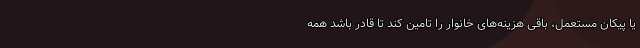
یا پیکان مستعمل، باقی هزینه‌های خانوار را تامین کند تا قادر باشد همه